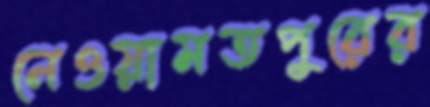
নেওয়ামতপুরের